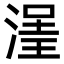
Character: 𣹽